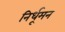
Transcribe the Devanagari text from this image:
निर्धूमन